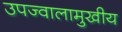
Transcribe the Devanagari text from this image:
उपज्वालामुखीय